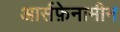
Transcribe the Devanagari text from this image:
आर्सफ़ेनामीन